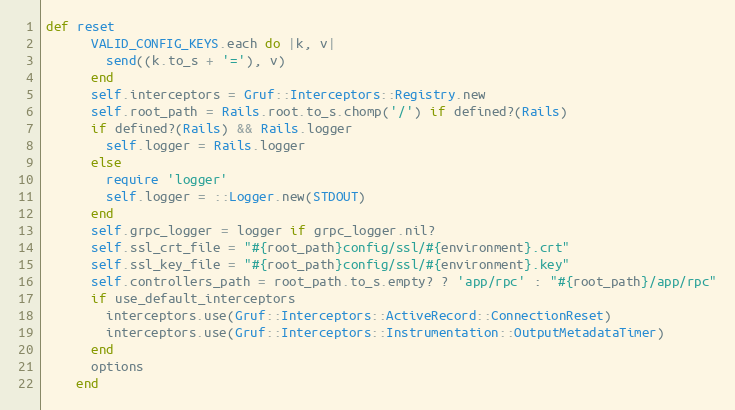
Language: Ruby
def reset
      VALID_CONFIG_KEYS.each do |k, v|
        send((k.to_s + '='), v)
      end
      self.interceptors = Gruf::Interceptors::Registry.new
      self.root_path = Rails.root.to_s.chomp('/') if defined?(Rails)
      if defined?(Rails) && Rails.logger
        self.logger = Rails.logger
      else
        require 'logger'
        self.logger = ::Logger.new(STDOUT)
      end
      self.grpc_logger = logger if grpc_logger.nil?
      self.ssl_crt_file = "#{root_path}config/ssl/#{environment}.crt"
      self.ssl_key_file = "#{root_path}config/ssl/#{environment}.key"
      self.controllers_path = root_path.to_s.empty? ? 'app/rpc' : "#{root_path}/app/rpc"
      if use_default_interceptors
        interceptors.use(Gruf::Interceptors::ActiveRecord::ConnectionReset)
        interceptors.use(Gruf::Interceptors::Instrumentation::OutputMetadataTimer)
      end
      options
    end